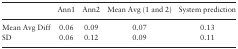
|  | Ann1 | Ann2 | Mean Avg (1 and 2) | System prediction |
 | --- | --- | --- | --- | --- |
 | Mean Avg Diff | 0.06 | 0.09 | 0.07 | 0.13 |
 | SD | 0.06 | 0.12 | 0.09 | 0.11 |